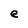
Character: e